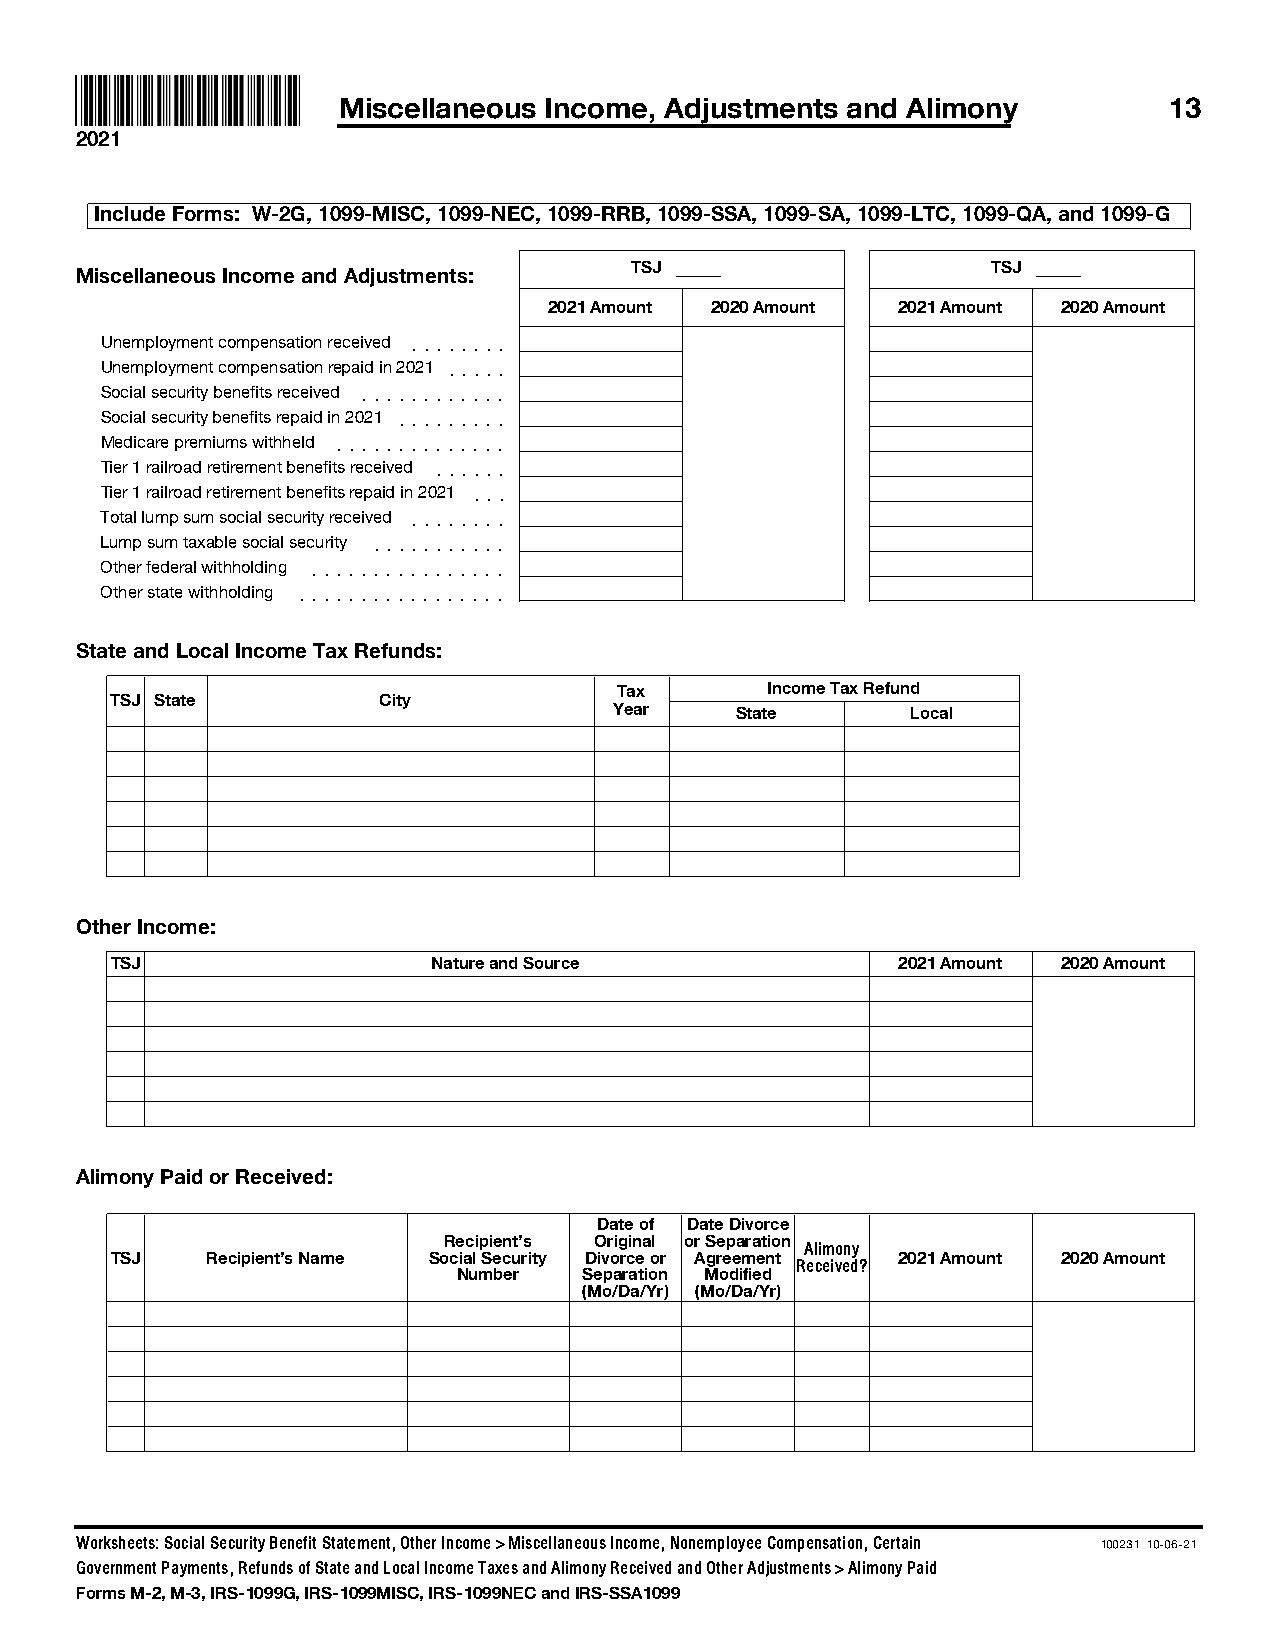
Miscellaneous Income, Adjustments and Alimony          13
 2021
 Include Forms: W-2G, 1099-MISC, 1099-NEC, 1099-RRB, 1099-SSA, 1099-SA, 1099-LTC, 1099-QA, and 1099-G
 TSJ                     TSJ
 Miscellaneous Income and Adjustments:
 2021 Amount 2020 Amount 2021 Amount 2020 Amount
 Unemployment compensation received ]]]]]]]]
 Unemployment compensation repaid in 2021 ]]]]]
 Social security benefits received ]]]]]]]]]]]]
 Social security benefits repaid in 2021 ]]]]]]]]]
 Medicare premiums withheld ]]]]]]]]]]]]]]
 Tier 1 railroad retirement benefits received ]]]]]]
 Tier 1 railroad retirement benefits repaid in 2021 ]]]
 Total lump sum social security received ]]]]]]]]
 Lump sum taxable social security ]]]]]]]]]]]
 Other federal withholding ]]]]]]]]]]]]]]]]
 Other state withholding ]]]]]]]]]]]]]]]]]
 State and Local Income Tax Refunds:
 Tax       Income Tax Refund
 TSJ State         City
 Year    State      Local
 Other Income:
 TSJ                   Nature and Source             2021 Amount 2020 Amount
 Alimony Paid or Received:
 Date of Date Divorce
 Recipient's Original or Separation
 Alimony
 TSJ    Recipient's Name Social Security Divorce or Agreement 2021 Amount 2020 Amount
 Received?
 Number   Separation Modified
 (Mo/Da/Yr) (Mo/Da/Yr)
 Worksheets: Social Security Benefit Statement, Other Income > Miscellaneous Income, Nonemployee Compensation, Certain 100231 10-06-21
 Government Payments, Refunds of State and Local Income Taxes and Alimony Received and Other Adjustments > Alimony Paid
 Forms M-2, M-3, IRS-1099G, IRS-1099MISC, IRS-1099NEC and IRS-SSA1099